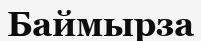
Баймырза